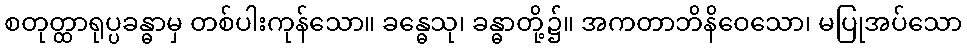
စတုတ္ထာရုပ္ပခန္ဓာမှ တစ်ပါးကုန်သော။ ခန္ဓေသု၊ ခန္ဓာတို့၌။ အကတာဘိနိဝေသော၊ မပြုအပ်သော